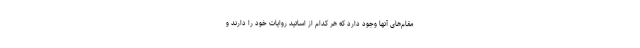
مقام‌های آنها وجود دارد که هر کدام از اساتید روایات خود را دارند و